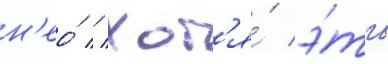
н'ео́ // Хот'я́ э́то